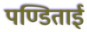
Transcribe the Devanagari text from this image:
पण्डिताई